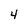
Character: 4